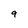
Character: 9